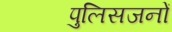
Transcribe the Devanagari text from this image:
पुलिसजनों